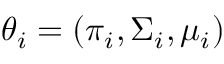
\theta _ { i } = ( \pi _ { i } , \Sigma _ { i } , \mu _ { i } )